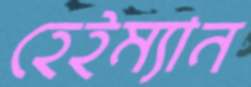
হেইম্যান